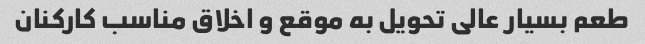
طعم بسیار عالی تحویل به موقع و اخلاق مناسب کارکنان